Kambja_algkool, lk 115
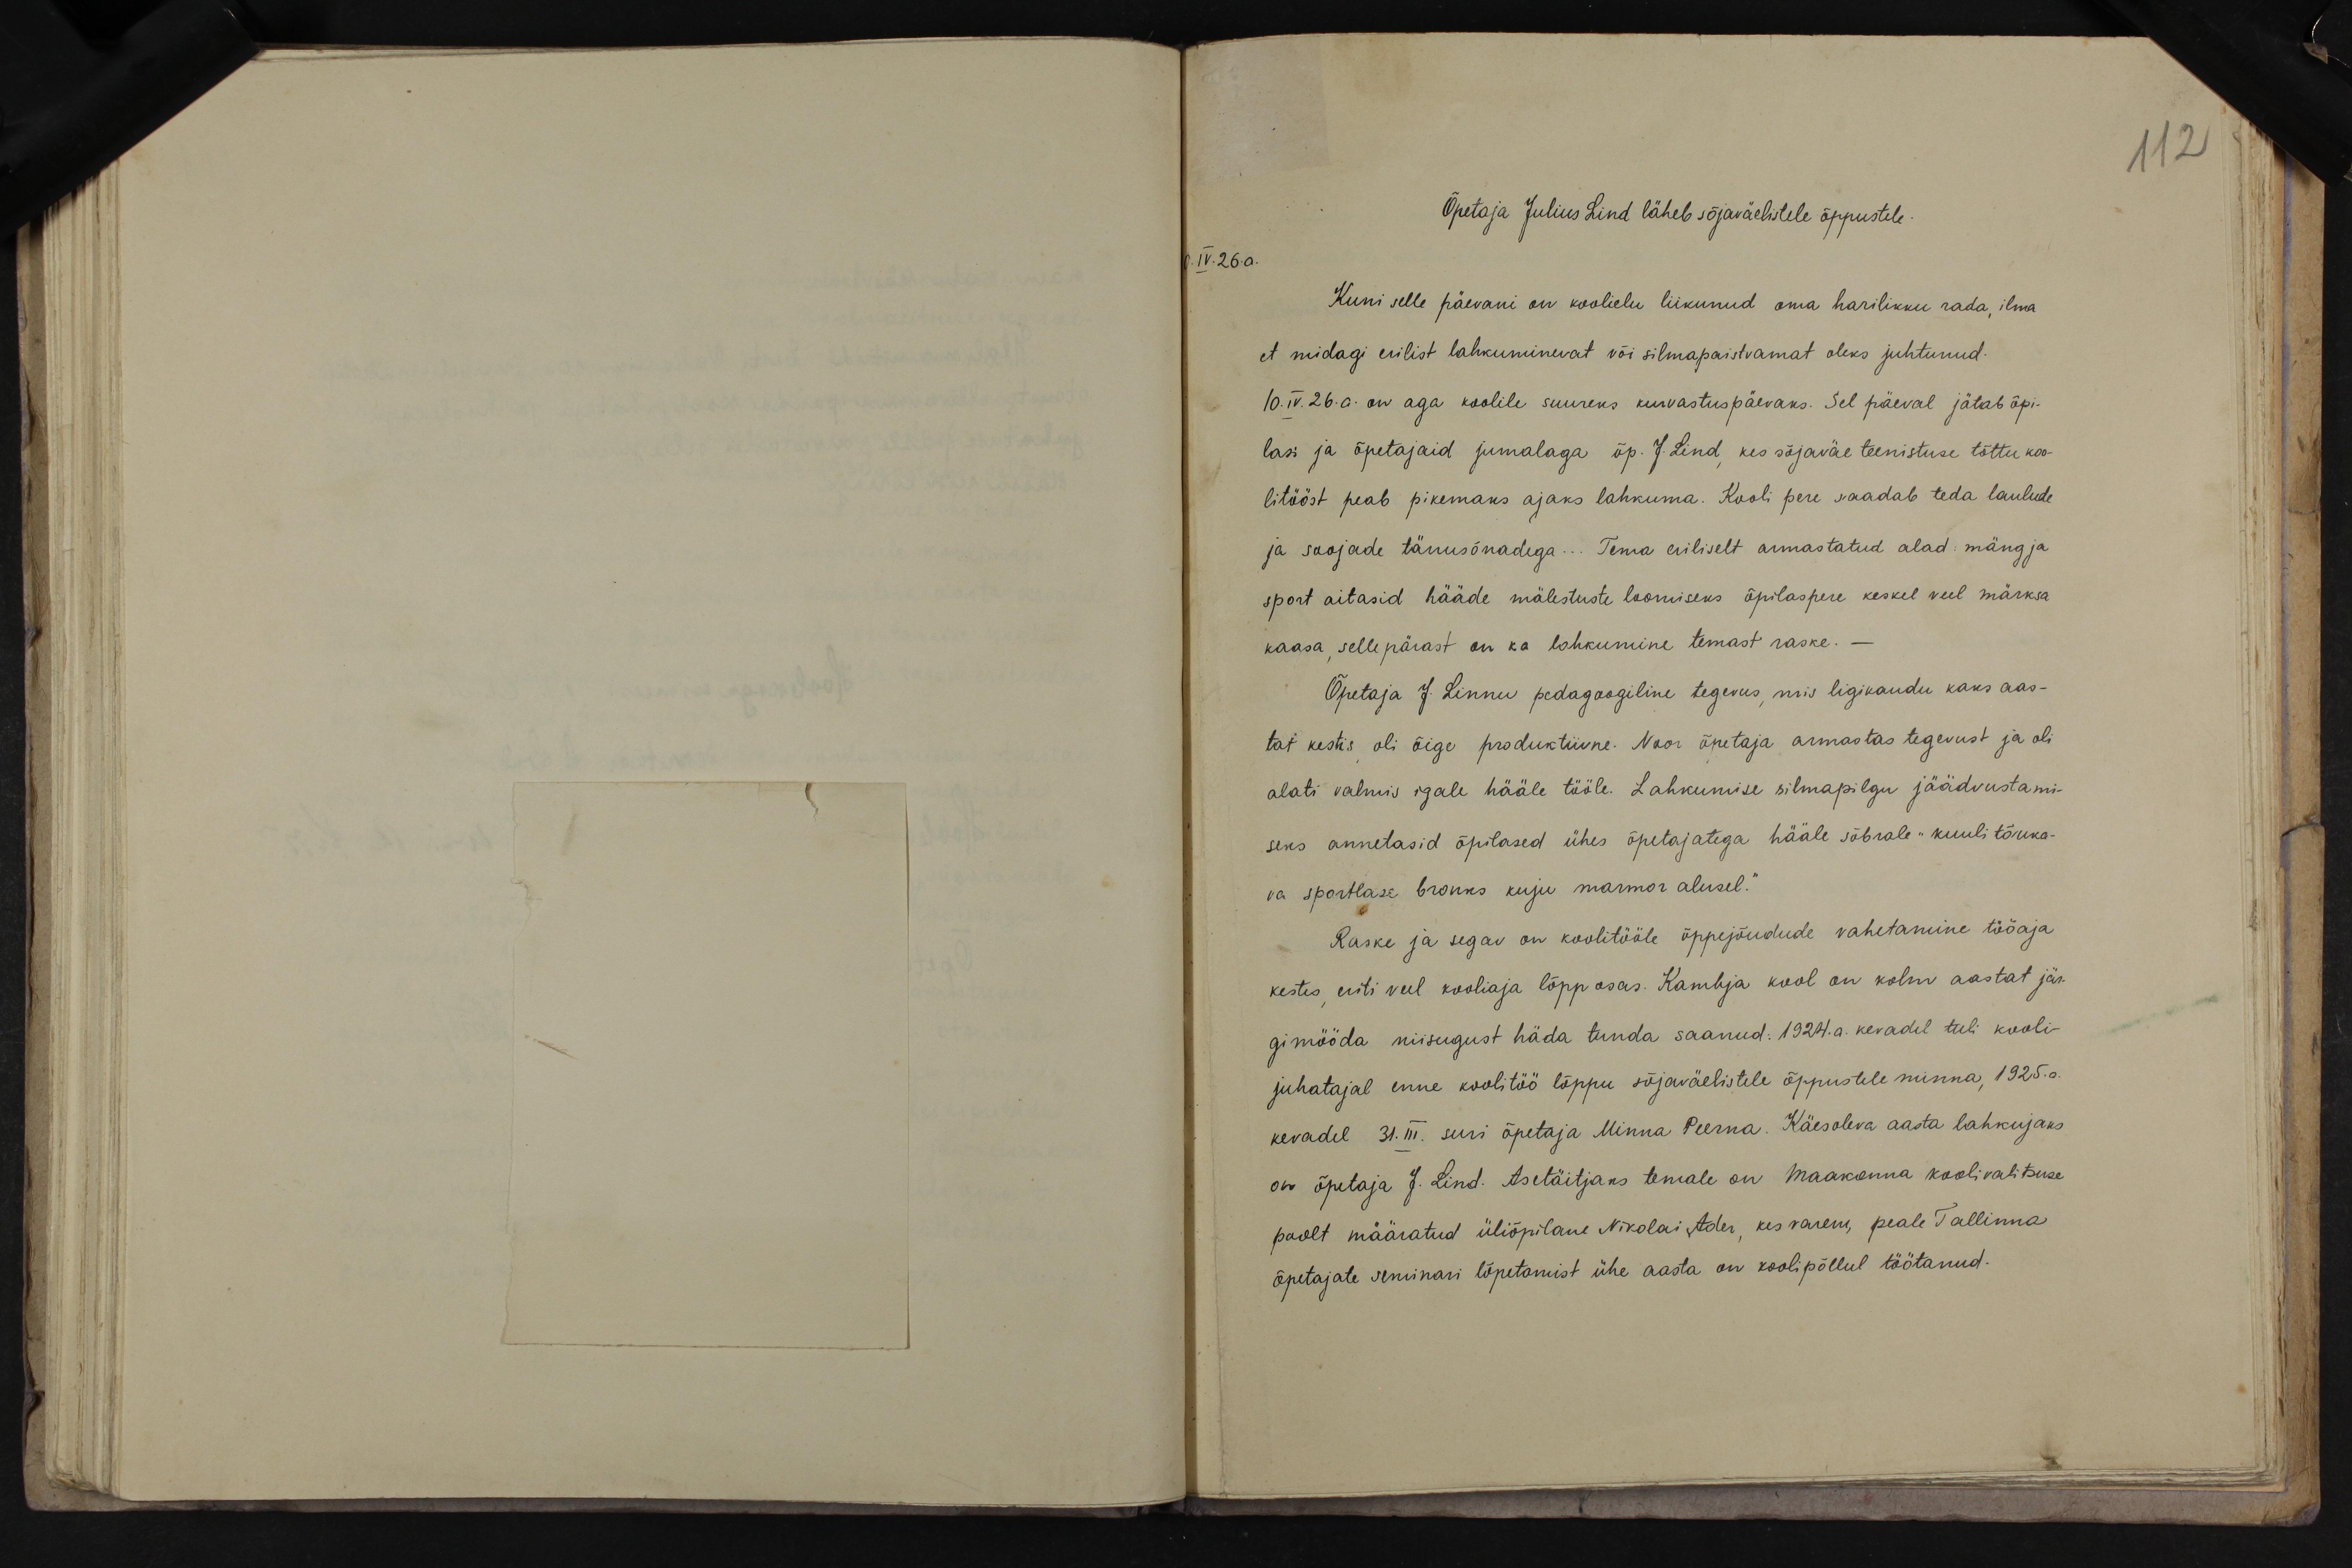
112

Õpetaja Julius Lind läheb sõjaväelistele õppustele.
10.IV.26. a.
Kuni selle päevani on koolielu liikunud oma harilikku rada, ilma
et midagi erilist lahkuminevat või silmapaistvamat oleks juhtunud.
10.IV.26. a. on aga koolile suureks kurvastuspäevaks. Sel päeval jätab õpi-
lasi ja õpetajaid jumalaga õp. J. Lind, kes sõjaväe teenistuse tõttu koo-
litööst peab pikemaks ajaks lahkuma. Kooli pere saadab teda laulude
ja soojade tänusõnadega. Tema eriliselt armastatud alad: mäng ja
sport aitasid hääde mälestuste loomiseks õpilaspere keskel veel märksa
kaasa, sellepärast on ka lahkumine temast raske.
Õpetaja J. Linnu pedagoogiline tegevus, mis ligikaudu kaks aas-
tat kestis, oli õige produktiivne. Noor õpetaja armastas tegevust ja oli
alati valmis igale hääle tööle. Lahkumise silmapilgu jäädvustami-
seks annetasid õpilased ühes õpetajatega hääle sõbrale "kuuli tõuka-
va sportlase bronks kuju marmor alusel."
Raske ja segav on koolitööle õppejõudude vahetamine tööaja
kestes, eriti veel kooliaja lõpp osas. Kambja kool on kolm aastat jär-
gimööda niisugust häda tunda saanud: 1924. a. kevadel tuli kooli-
juhatajal enne koolitöö lõppu sõjaväelistele õppustele minna, 1925. a.
kevadel 31.III. suri õpetaja Minna Peerna. Käesoleva aasta lahkujaks
on õpetaja J. Lind. Asetäitjaks temale on Maakonna koolivalitsuse
poolt määratud üliõpilane Nikolai Ader, kes varem, peale Tallinna
õpetajate seminari lõpetamist ühe aasta on koolipõllul töötanud.